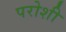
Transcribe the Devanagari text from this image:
परोशी